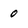
Character: 0